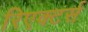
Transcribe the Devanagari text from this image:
रिएक्टर्स